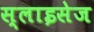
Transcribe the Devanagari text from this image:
स्लाइसेज